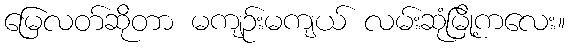
မြေလတ်ဆိုတာ မကျဉ်းမကျယ် လမ်းဆုံမြို့ကလေး။